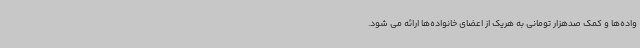
واده‌ها و کمک صدهزار تومانی به هریک از اعضای خانواده‌ها ارائه می شود.